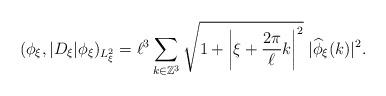
LaTeX: \begin{align*}(\phi_\xi,|D_\xi|\phi_\xi)_{L^2_\xi}=\ell^3\sum_{k\in \mathbb{Z}^3}\sqrt{1+\left|\xi+\frac{2\pi}{\ell}k\right|^2}\;|\widehat{\phi}_{\xi}(k)|^2.\end{align*}